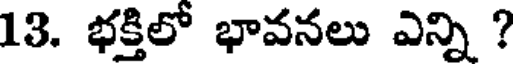
13. భక్తిలో భావనలు ఎన్ని ?